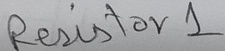
Text: Resistor 1